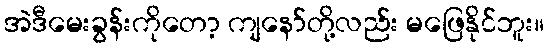
အဲဒီမေးခွန်းကိုတော့ ကျနော်တို့လည်း မဖြေနိုင်ဘူး။